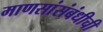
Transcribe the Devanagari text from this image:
माणसांसंबंधीची